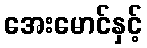
အေးမောင်နှင့်